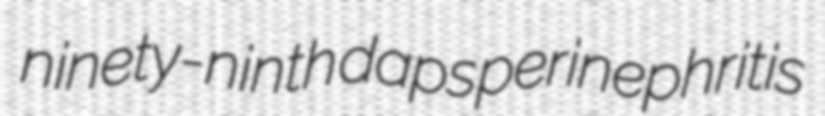
ninety-ninth daps perinephritis